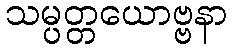
သမ္ပတ္တယောဗ္ဗနာ